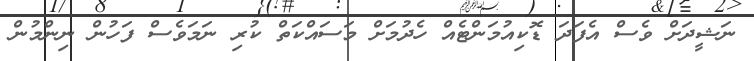
ނަޝީދަށް ވެސް އެފަދަ ޑޮކިއުމަންޓެއް ހެދުމަށް މަސައްކަތް ކުރި ނަމަވެސް ފަހުން ނިންމުން